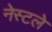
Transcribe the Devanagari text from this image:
नेस्टले